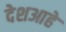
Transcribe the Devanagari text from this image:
देशआहे